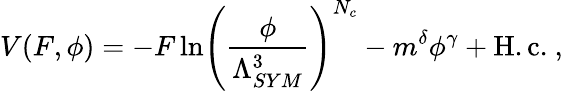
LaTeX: V(F,\phi)=-F\, \mathrm{ln}\left(\frac{\phi}{\Lambda_{SYM}^{3}}\right)^{N_{c}}-m^{\delta}\phi^{\gamma}+\mathrm{H.c.}\ ,